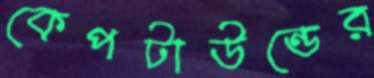
কেপটাউন্ডের